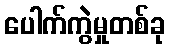
ပေါက်ကွဲမှုတစ်ခု